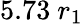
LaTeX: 5.73~r_{1}